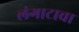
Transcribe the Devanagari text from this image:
लंगाटाचा